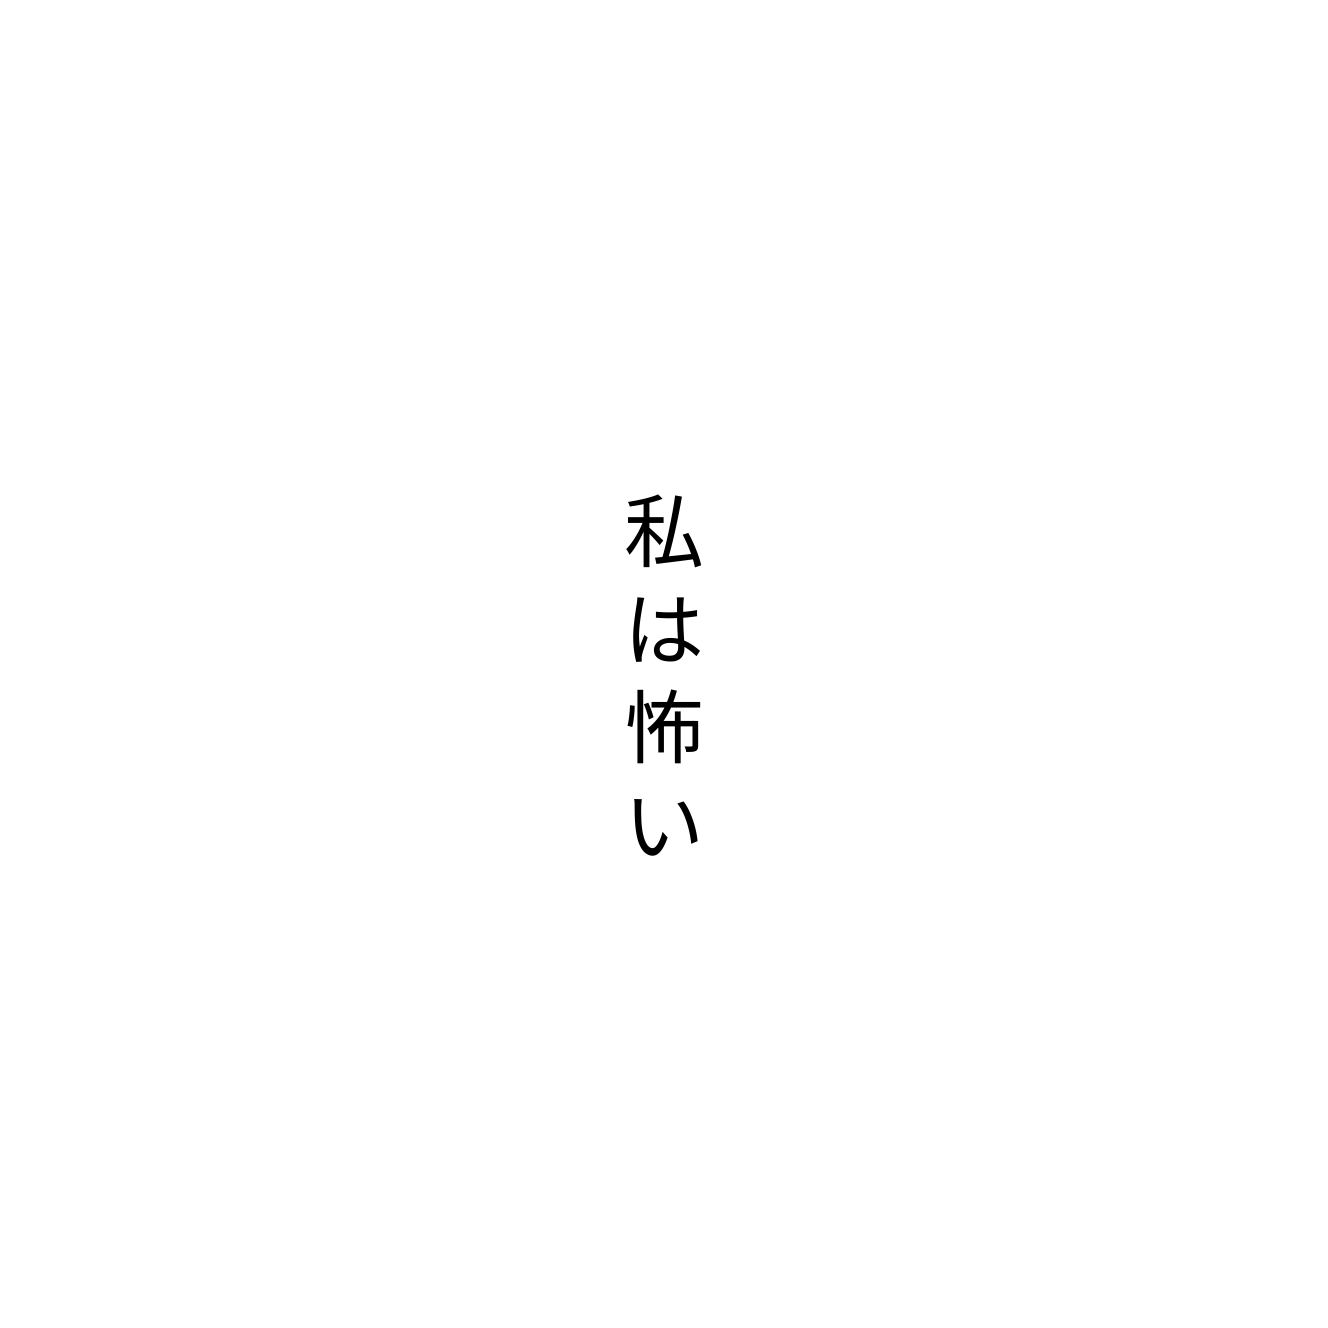
私は怖い